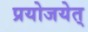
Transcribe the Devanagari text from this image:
प्रयोजयेत्